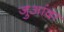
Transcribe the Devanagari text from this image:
जुआंदा